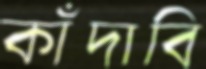
কাঁদাবি